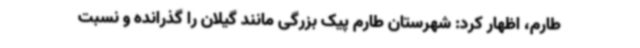
طارم، اظهار کرد: شهرستان طارم پیک بزرگی مانند گیلان را گذرانده و نسبت